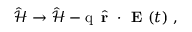
\hat { \mathcal { H } } \to \hat { \mathcal { H } } - \mathrm { q } \, \hat { \textbf { r } } \cdot \textbf { E } ( t ) \mathrm { ~ , ~ }